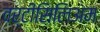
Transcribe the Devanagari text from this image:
वर्टीसिलिअम